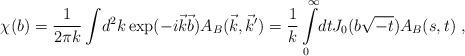
LaTeX: \begin{align*}\chi(b) = \frac{1}{2\pi k} \int \!d^2k \exp(-i\vec{k}\vec{b})A_B(\vec{k}, \vec{k}') = \frac{1}{k} \int\limits_0^{\infty} \!dtJ_0(b\sqrt{-t}) A_B(s,t) \;,\end{align*}